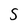
Character: S